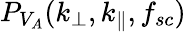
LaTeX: P_{V_{A}}(k_{\perp},k_{\parallel},f_{sc})